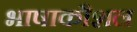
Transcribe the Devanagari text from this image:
भाषाकौशल